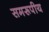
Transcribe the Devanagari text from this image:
समरूपीय